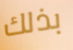
بذلك